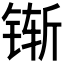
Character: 𰾌